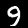
Digit: 9